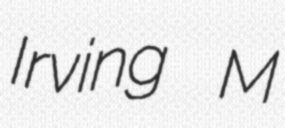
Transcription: Irving M